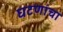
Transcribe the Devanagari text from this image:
घटणांचा